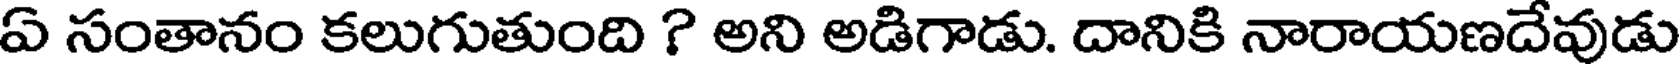
ఏ సంతానం కలుగుతుంది ? అని అడిగాడు. దానికి నారాయణదేవుడు